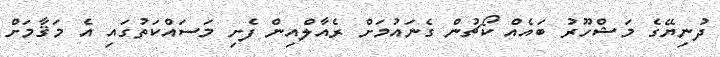
ދުނިޔޭގެ މަޝްހޫރު ބައެއް ކޯޗުން ގެނައުމަށް ރެއާލްއިން ފެށި މަސައްކަތުގައި އެ މަޤާމަށް